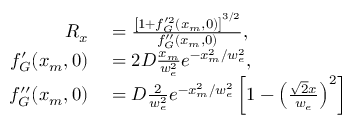
\begin{array} { r l } { R _ { x } } & { { } = \frac { \left[ 1 + f _ { G } ^ { \prime 2 } ( x _ { m } , 0 ) \right] ^ { 3 / 2 } } { f _ { G } ^ { \prime \prime } ( x _ { m } , 0 ) } , } \\ { f _ { G } ^ { \prime } ( x _ { m } , 0 ) } & { { } = 2 D \frac { x _ { m } } { w _ { e } ^ { 2 } } e ^ { - x _ { m } ^ { 2 } / w _ { e } ^ { 2 } } , } \\ { f _ { G } ^ { \prime \prime } ( x _ { m } , 0 ) } & { { } = D \frac { 2 } { w _ { e } ^ { 2 } } e ^ { - x _ { m } ^ { 2 } / w _ { e } ^ { 2 } } \left[ 1 - \left( \frac { \sqrt { 2 } x } { w _ { e } } \right) ^ { 2 } \right] } \end{array}